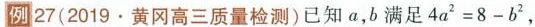
例27 (2019.黄冈高三质量检测)已知a，b满足 $$4 a ^ { 2 } = 8 - b ^ { 2 }$$，